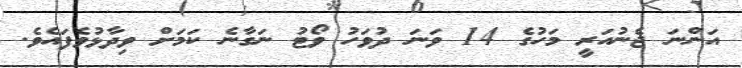
އަންނަ ޖެނުއަރީ މަހުގެ 14 ވަނަ ދުވަހު ވޯޓު ނަގާނެ ކަމަށް ވިދާޅުވެފައެވެ.